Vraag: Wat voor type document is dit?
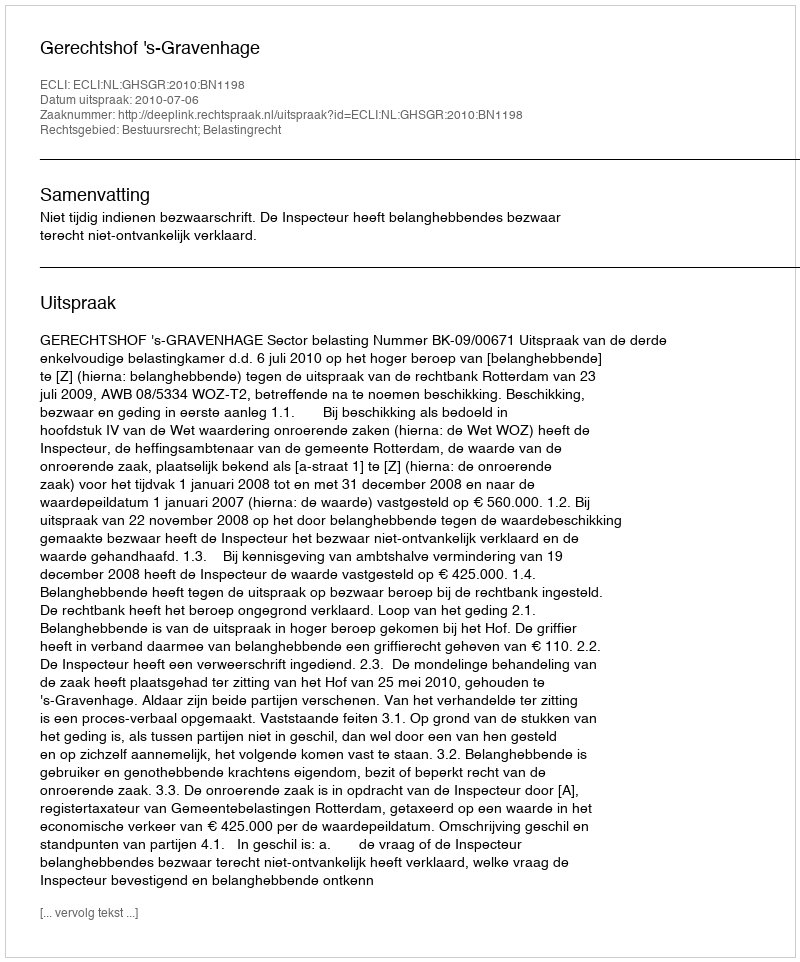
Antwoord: Uitspraak